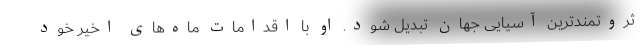
ثروتمندترین آسیایی جهان تبدیل شود. او با اقدامات ماه‌های اخیر خود